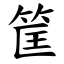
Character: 筐